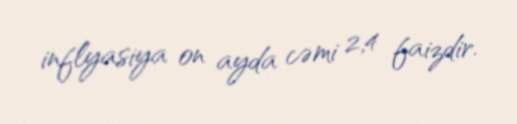
inflyasiya on ayda cəmi 2,4 faizdir.